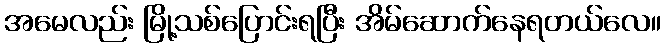
အမေလည်း မြို့သစ်ပြောင်းရပြီး အိမ်ဆောက်နေရတယ်လေ။